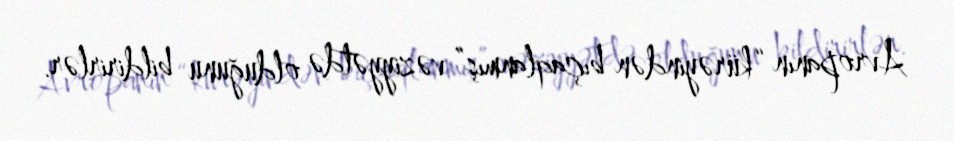
Avropanın “kürəyindən bıçaqlanmış” vəziyyətdə olduğunu bildirirlər.